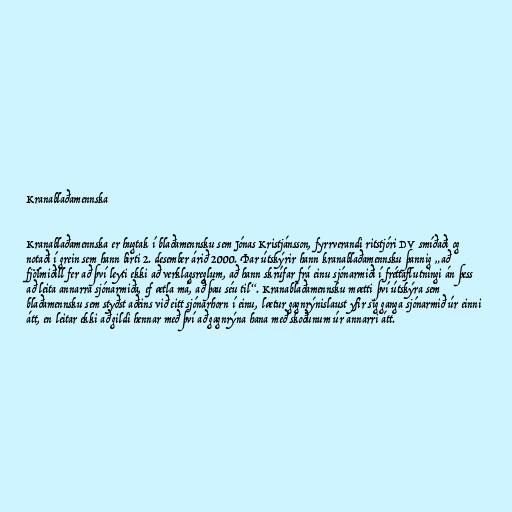
Kranablaðamennska

Kranablaðamennska er hugtak í blaðamennsku sem Jónas Kristjánsson, fyrrverandi ritstjóri DV smíðaði og
notaði í grein sem hann birti 2. desember árið 2000. Þar útskýrir hann kranablaðamennsku þannig „að
fjölmiðill fer að því leyti ekki að verklagsreglum, að hann skrúfar frá einu sjónarmiði í fréttaflutningi án þess
að leita annarra sjónarmiða, ef ætla má, að þau séu til“. Kranablaðamennsku mætti því útskýra sem
blaðamennsku sem styðst aðeins við eitt sjónarhorn í einu, lætur gagnrýnislaust yfir sig ganga sjónarmið úr einni
átt, en leitar ekki að gildi hennar með því að gagnrýna hana með skoðunum úr annarri átt.